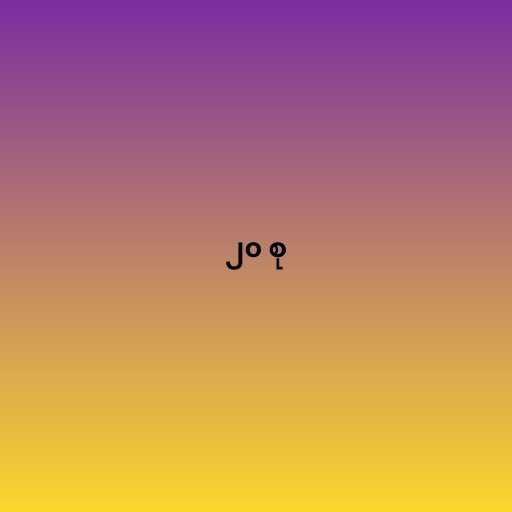
၂၀ စု